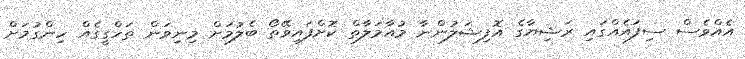
އެއްވެސް ސިފައެއްގައި ރަޝިޔާގެ އޮފިޝަލުންނާ މުއާމަލާތް ކޮށްފައިވޭތޯ ބެލުމަށް މިނިވަން ތަހްގީގެއް ހިންގުމަށް